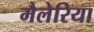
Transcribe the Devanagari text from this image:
मैलेरिया